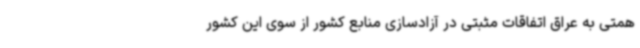
همتی به عراق اتفاقات مثبتی در آزادسازی منابع کشور از سوی این کشور